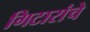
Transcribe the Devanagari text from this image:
गिटारांचे